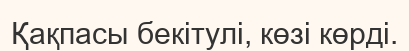
Қақпасы бекітулі, көзі көрді.